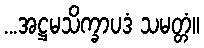
...အဋ္ဌမသိက္ခာပဒံ သမတ္တံ။